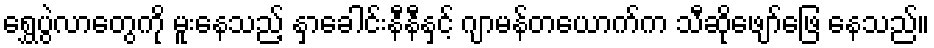
ရွှေပွဲလာတွေကို မူးနေသည့် နှာခေါင်းနီနီနှင့် ဂျာမန်တယောက်က သီဆိုဖျော်ဖြေ နေသည်။